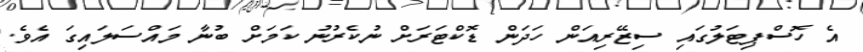
އެ ހޮސްޕިޓަލުގައި ސިޒޭރިއަން ހަދަން ޑޮކްޓަރަށް ނުކެރުނު ކަމަށް ބުނާ މައްސަލައިގަ އެވެ.